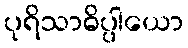
ပုရိသာဓိပ္ပါယော